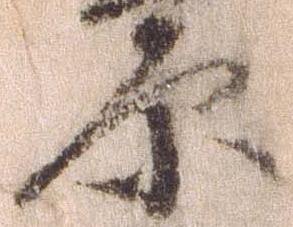
原